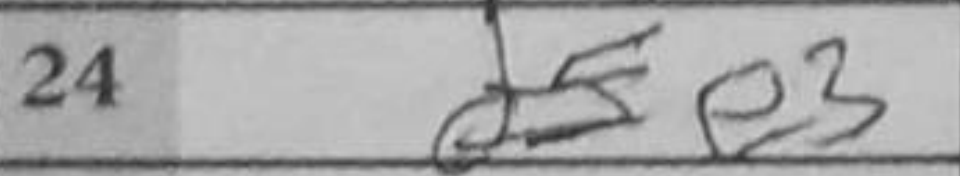
Transcription: e3